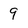
Character: 9